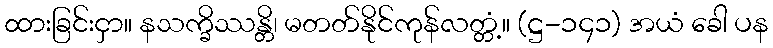
ထားခြင်းငှာ။ နသက္ခိဿန္တိ၊ မတတ်နိုင်ကုန်လတ္တံ့။ (ဋ္ဌ-၁၄၁) အယံ ခေါ ပန